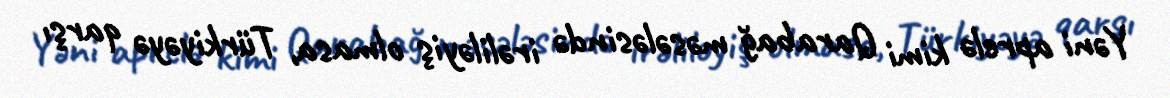
Yəni aprelə kimi Qarabağ məsələsində irəliləyiş olmasa, Türkiyəyə qarşı